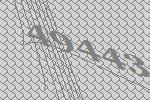
49443